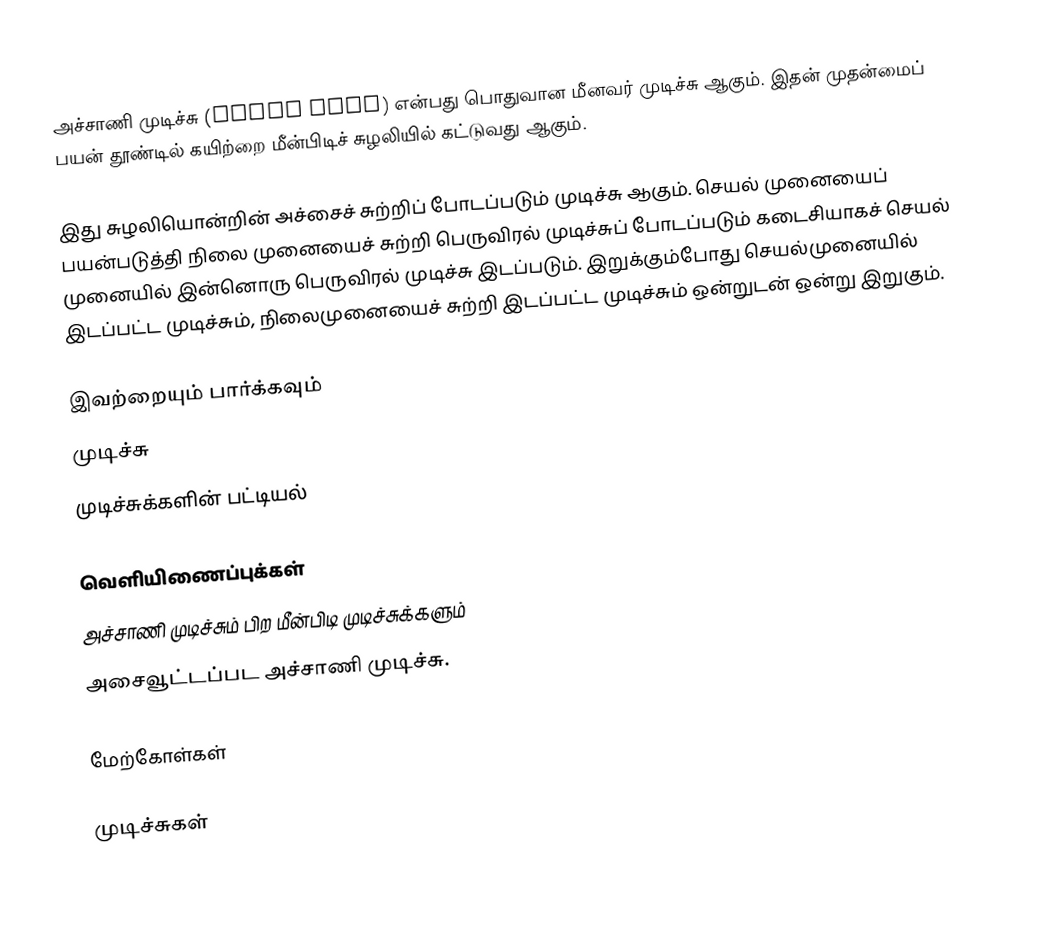
அச்சாணி முடிச்சு (Arbor knot) என்பது பொதுவான மீனவர் முடிச்சு ஆகும். இதன் முதன்மைப் பயன் தூண்டில் கயிற்றை மீன்பிடிச் சுழலியில் கட்டுவது ஆகும்.

இது சுழலியொன்றின் அச்சைச் சுற்றிப் போடப்படும் முடிச்சு ஆகும். செயல் முனையைப் பயன்படுத்தி நிலை முனையைச் சுற்றி பெருவிரல் முடிச்சுப் போடப்படும் கடைசியாகச் செயல் முனையில் இன்னொரு பெருவிரல் முடிச்சு இடப்படும். இறுக்கும்போது செயல்முனையில் இடப்பட்ட முடிச்சும், நிலைமுனையைச் சுற்றி இடப்பட்ட முடிச்சும் ஒன்றுடன் ஒன்று இறுகும்.

இவற்றையும் பார்க்கவும்
 முடிச்சு
 முடிச்சுக்களின் பட்டியல்

வெளியிணைப்புக்கள்
 அச்சாணி முடிச்சும் பிற மீன்பிடி முடிச்சுக்களும்
 அசைவூட்டப்பட அச்சாணி முடிச்சு.

மேற்கோள்கள்

முடிச்சுகள்